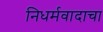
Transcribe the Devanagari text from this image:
निधर्मवादाचा